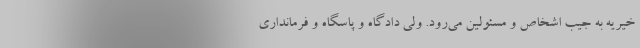
خیریه به جیب اشخاص و مسئولین می‌رود. ولی دادگاه و پاسگاه و فرمانداری